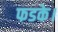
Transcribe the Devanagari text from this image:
फडके।